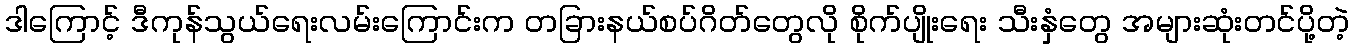
ဒါကြောင့် ဒီကုန်သွယ်ရေးလမ်းကြောင်းက တခြားနယ်စပ်ဂိတ်တွေလို စိုက်ပျိုးရေး သီးနှံတွေ အများဆုံးတင်ပို့တဲ့